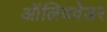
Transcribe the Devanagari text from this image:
ऑलिववेंडर